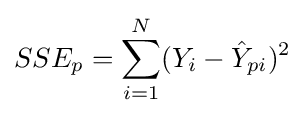
SSE_{p}=\sum _{i=1}^{N}(Y_{i}-{\hat {Y}}_{pi})^{2}